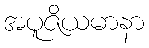
အပူဇိယမာနာ